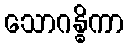
သောဂန္ဓိကာ